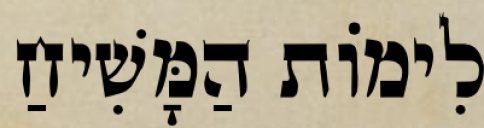
לִימוֹת הַמָּשִׁיחַ